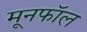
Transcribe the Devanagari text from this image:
मूनफॉल